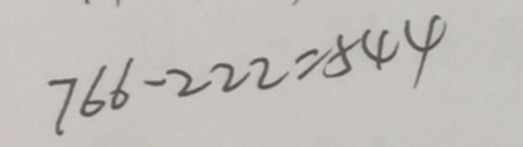
7 6 6 - 2 2 2 = 5 4 4